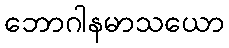
ဘောဂါနမာသယော